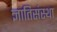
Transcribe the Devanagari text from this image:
ज्ञातिसंस्था